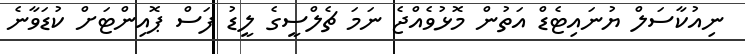
ނިއުކާސަލް ޔުނައިޓެޑް އަތުން މޮޅުވެއްޖެ ނަމަ ޗެލްސީގެ ލީޑު ފަސް ޕޮއިންޓަށް ކުޑަވާނެ